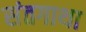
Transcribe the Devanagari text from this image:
संतगाथा